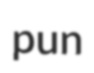
pun